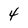
Character: 4